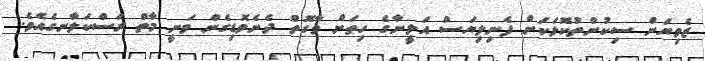
ޒެވިޔަން ސިކުންތުކޮޅަކަށް ފެނިލިޔަސް އަލީނާގެ ހިތަށް ވާގޮތް ދެނެވޮޑިގެން ވަނީ މާތް ރަސްކަލާނގެއެވެ.